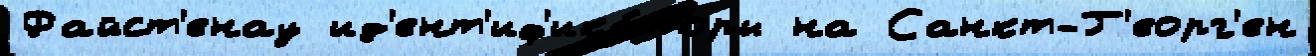
Файст'енау ид'ент'иф'ика́торы на Санкт-Г'еорг'ен